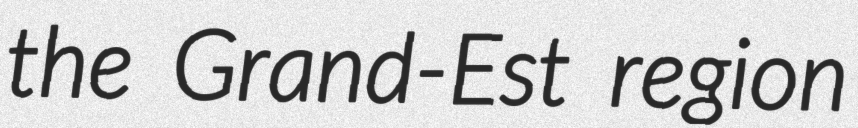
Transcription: the Grand-Est region